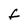
Character: f